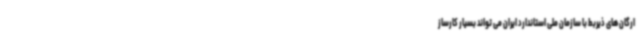
ارگان های ذیربط با سازمان ملی استاندارد ایران می تواند بسیار کارساز